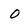
Character: 0